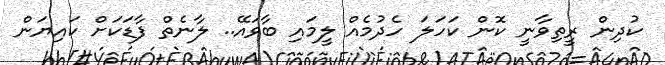
ކުދިން ރީތިވާނީ ކޮން ކަހަލަ ހެދުމެއް ލީމައި ބާވައޭ.. ލާނެތް ފާޑަކަށް ކައިޔަން